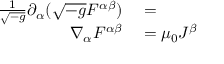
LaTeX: \begin{array} { r l } { { \frac { 1 } { \sqrt { - g } } } \partial _ { \alpha } ( { \sqrt { - g } } F ^ { \alpha \beta } ) } & { { } = } \\ { \nabla _ { \alpha } F ^ { \alpha \beta } } & { { } = \mu _ { 0 } J ^ { \beta } } \end{array}